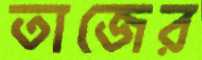
তাজের